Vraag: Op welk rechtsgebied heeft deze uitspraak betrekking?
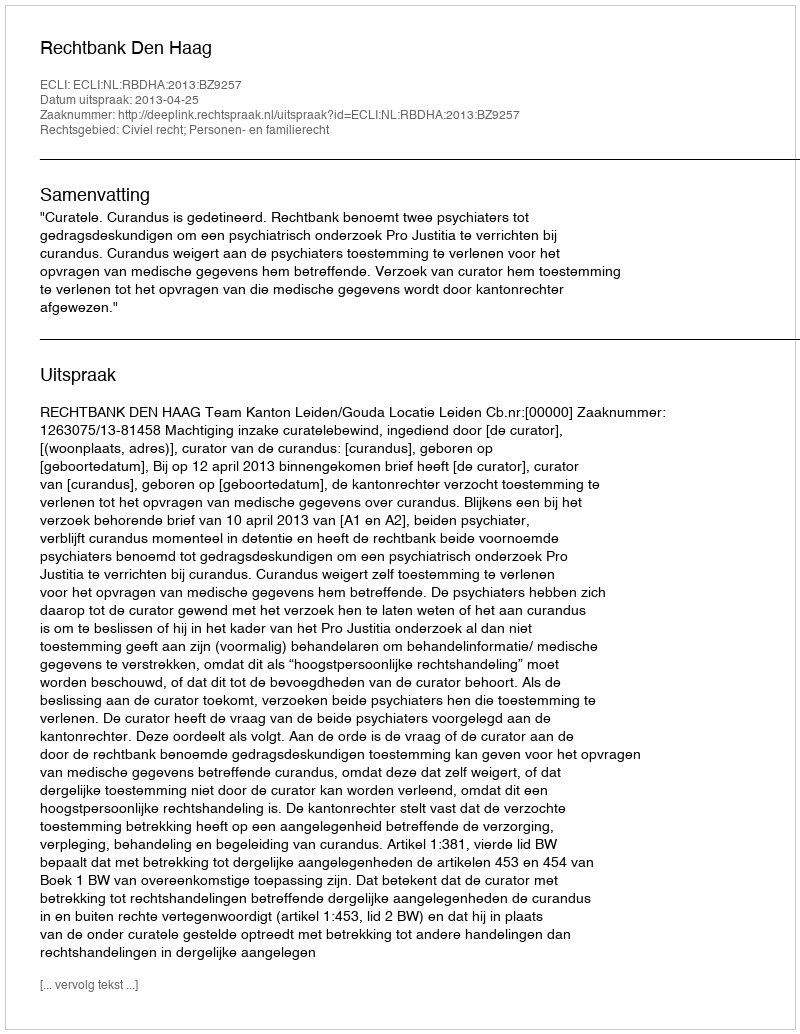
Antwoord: Civiel recht; Personen- en familierecht